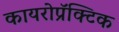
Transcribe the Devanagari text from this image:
कायरोप्रॅक्टिक